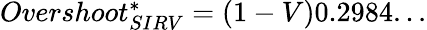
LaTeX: \begin{array}{r}{Overshoot_{SIRV}^{*}=(1-V)0.2984...}\end{array}